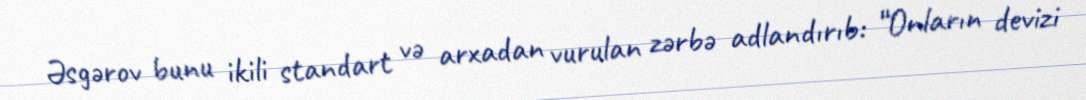
Əsgərov bunu ikili standart və arxadan vurulan zərbə adlandırıb: “Onların devizi